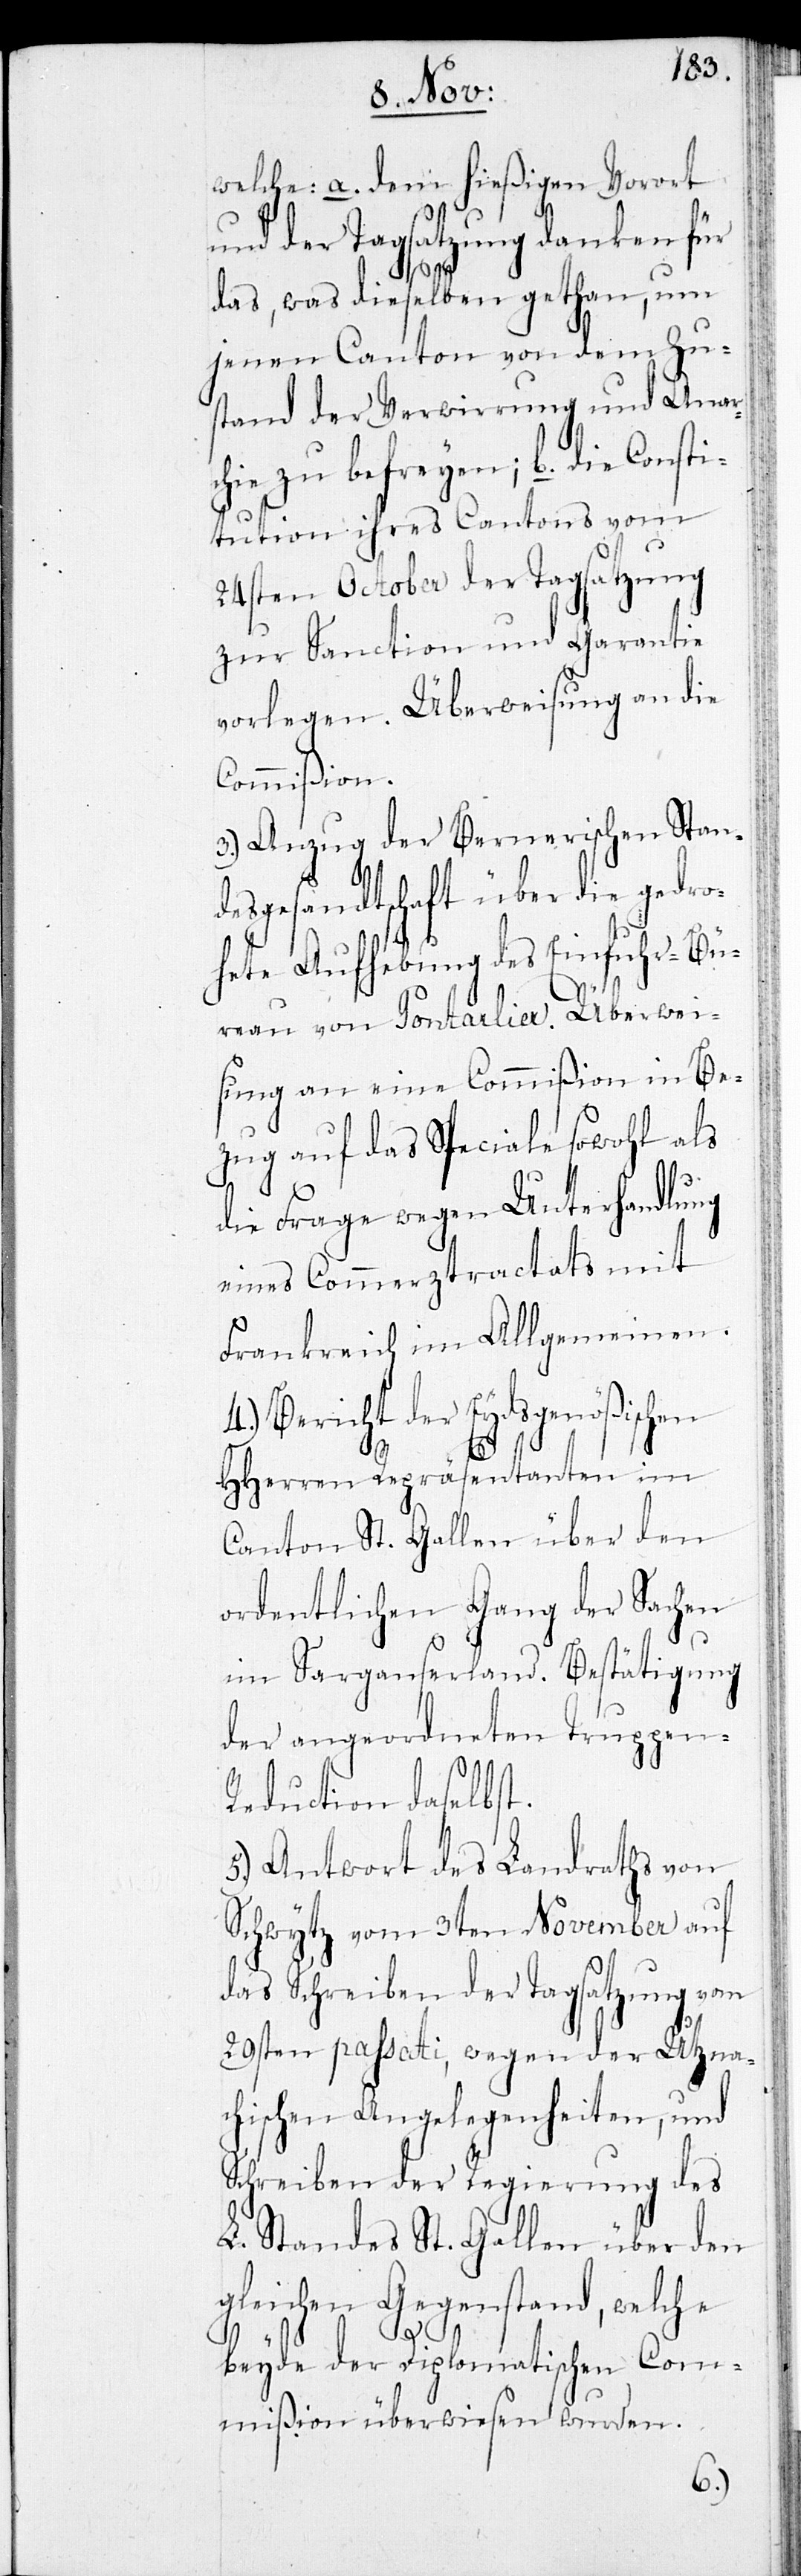
welche: a. dem hießigen Vorort
und der Tagsatzung danken für
das, was dieselben gethan, um
jenen Canton von dem Zu¬
stand der Verwirrung und Anar¬
chie zu befreyen; b. die Consti¬
tution ihres Cantons vom
24ten October der Tagsatzung
zur Sanction und Garantie
vorlegen. Überweisung an die
Commißion.
3.) Anzug der Bernerischen Stan¬
desgesandtschaft über die gedro¬
hete Aufhebung des Einfuhr-Bü¬
reau von Pontarlier. Überwei¬
sung an eine Commißion in Be¬
zug auf das Speciale sowohl als
die Frage wegen Unterhandlung
eines Commerztractats mit
Frankreich im Allgemeinen.
4.) Bericht der Eydsgenößischen
HHerren Repräsentanten im
Canton St. Gallen über den
ordentlichen Gang der Sachen
im Sarganserland. Bestätigung
der angeordneten Truppen-R¬
eduction daselbst.
5.) Antwort des Landraths von
Schwytz vom 3ten November auf
das Schreiben der Tagsatzung vom
29sten passati, wegen der Utzna¬
chischen Angelegenheiten, und
Schreiben der Regierung des
L. Standes St. Gallen über den
gleichen Gegenstand, welche
beyde der Diplomatischen Com¬
mißion überwiesen wurden.